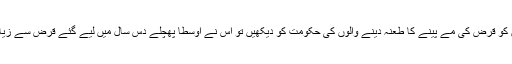
پچھلی حکومتوں کو قرض کی مے پینے کا طعنہ دینے والوں کی حکومت کو دیکھیں تو اس نے اوسطاً پھچلے دس سال میں لیے گئے قرض سے زیادہ قرض لیا ہے۔